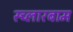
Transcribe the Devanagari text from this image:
स्च्लारबाम